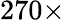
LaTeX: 270\times